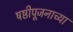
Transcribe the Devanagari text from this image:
षष्ठीपूजनाच्या